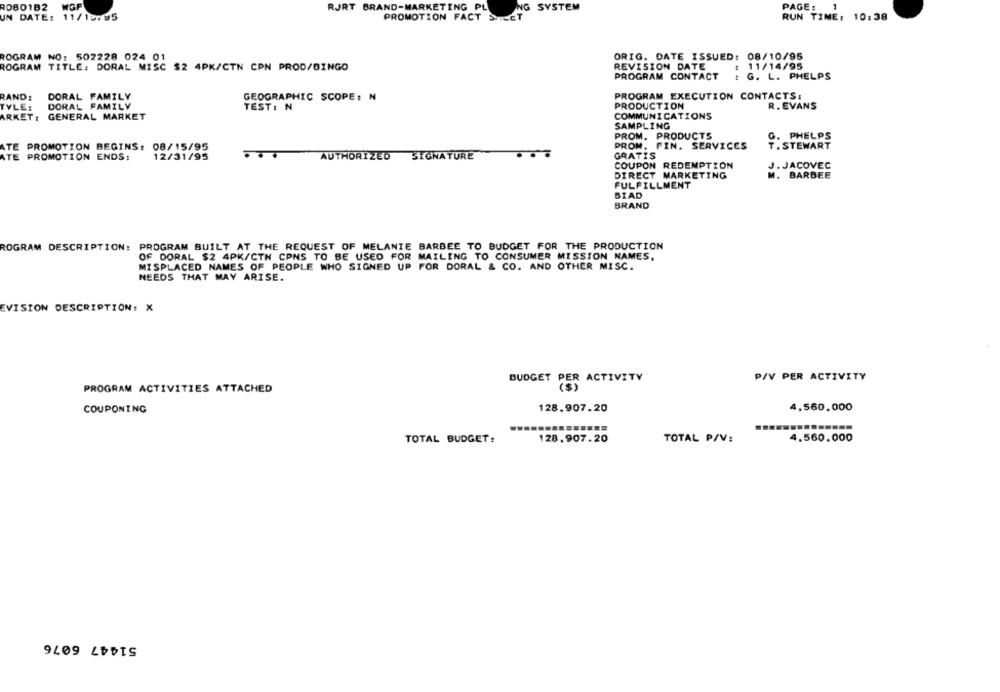
ROBO1B2
WGP
PAGE :
1
RJRT BRAND-MARKETING PL
NG SYSTEM
UN DATE: 11/10:85
PROMOTION FACT SVILET
RUN TIME, 10:38
ROGRAM NO: 502228 024 01
ORIG. DATE ISSUED: 08/10/95
ROGRAM TITLE: DORAL MISC $2 4PK/CTN CPN PROD/BINGO
REVISION DATE
: 11/14/95
PROGRAM CONTACT
: G. L. PHELPS
RAND:
DORAL FAMILY
GEOGRAPHIC SCOPE: N
PROGRAM EXECUTION CONTACTS:
TYLE:
DORAL FAMILY
TEST: N
PRODUCTION
R. EVANS
ARKET: GENERAL MARKET
COMMUNICATIONS
SAMPLING
PROM. PRODUCTS
G. PHELPS
PROM. FIN. SERVICES
T . STEWART
ATE PROMOTION BEGINS: 08/15/95
ATE PROMOTION ENDS:
12/31/95
AUTHORIZED SIGNATURE
GRATIS
COUPON REDEMPTION
J. JACOVEC
DIRECT MARKETING
. BARBEE
FULFILLMENT
BIAD
BRAND
ROGRAM DESCRIPTION: PROGRAM BUILT AT THE REQUEST OF MELANIE BARBEE TO BUDGET FOR THE PRODUCTION
OF DORAL $2 4PK/CTN CPNS TO BE USED FOR MAILING TO CONSUMER MISSION NAMES.
MISPLACED NAMES OF PEOPLE WHO SIGNED UP FOR DORAL & CO. AND OTHER MISC.
NEEDS THAT MAY ARISE.
EVISION DESCRIPTION: X
BUDGET PER ACTIVITY
P/V PER ACTIVITY
PROGRAM ACTIVITIES ATTACHED
COUPONING
4,560,000
128.907.20
TOTAL BUDGET:
128.907.20
TOTAL P/V:
4.560.000
51447 6076